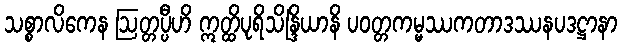
သစ္စာလိကေန ဩတ္တပ္ပီဟိ ဣတ္ထိပုရိသိန္ဒြိယာနိ ပဝတ္တကမ္မဿကတာဒဿနပဒဋ္ဌာနာ